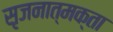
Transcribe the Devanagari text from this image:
सृजनात्मक्ता